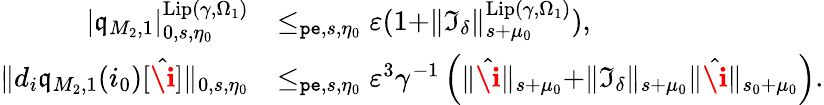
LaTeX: \begin{array}{rl}{|\mathfrak{q}_{M_{2},1}|_{0,s,\eta_{0}}^{\mathrm{Lip}(\gamma,\Omega_{1})}}&{\le_{\mathtt{pe},s,\eta_{0}}\varepsilon(1+\rVert\mathfrak{I}_{\delta}\rVert_{s+\mu_{0}}^{\mathrm{Lip}(\gamma,\Omega_{1})}),}\\ {\rVert d_{i}\mathfrak{q}_{M_{2},1}(i_{0})[\hat{\textbf{\i}}]\rVert_{0,s,\eta_{0}}}&{\le_{\mathtt{pe},s,\eta_{0}}\varepsilon^{3}\gamma^{-1}\left(\rVert\hat{\textbf{\i}}\rVert_{s+\mu_{0}}+\rVert\mathfrak{I}_{\delta}\rVert_{s+\mu_{0}}\rVert\hat{\textbf{\i}}\rVert_{s_{0}+\mu_{0}}\right).}\end{array}